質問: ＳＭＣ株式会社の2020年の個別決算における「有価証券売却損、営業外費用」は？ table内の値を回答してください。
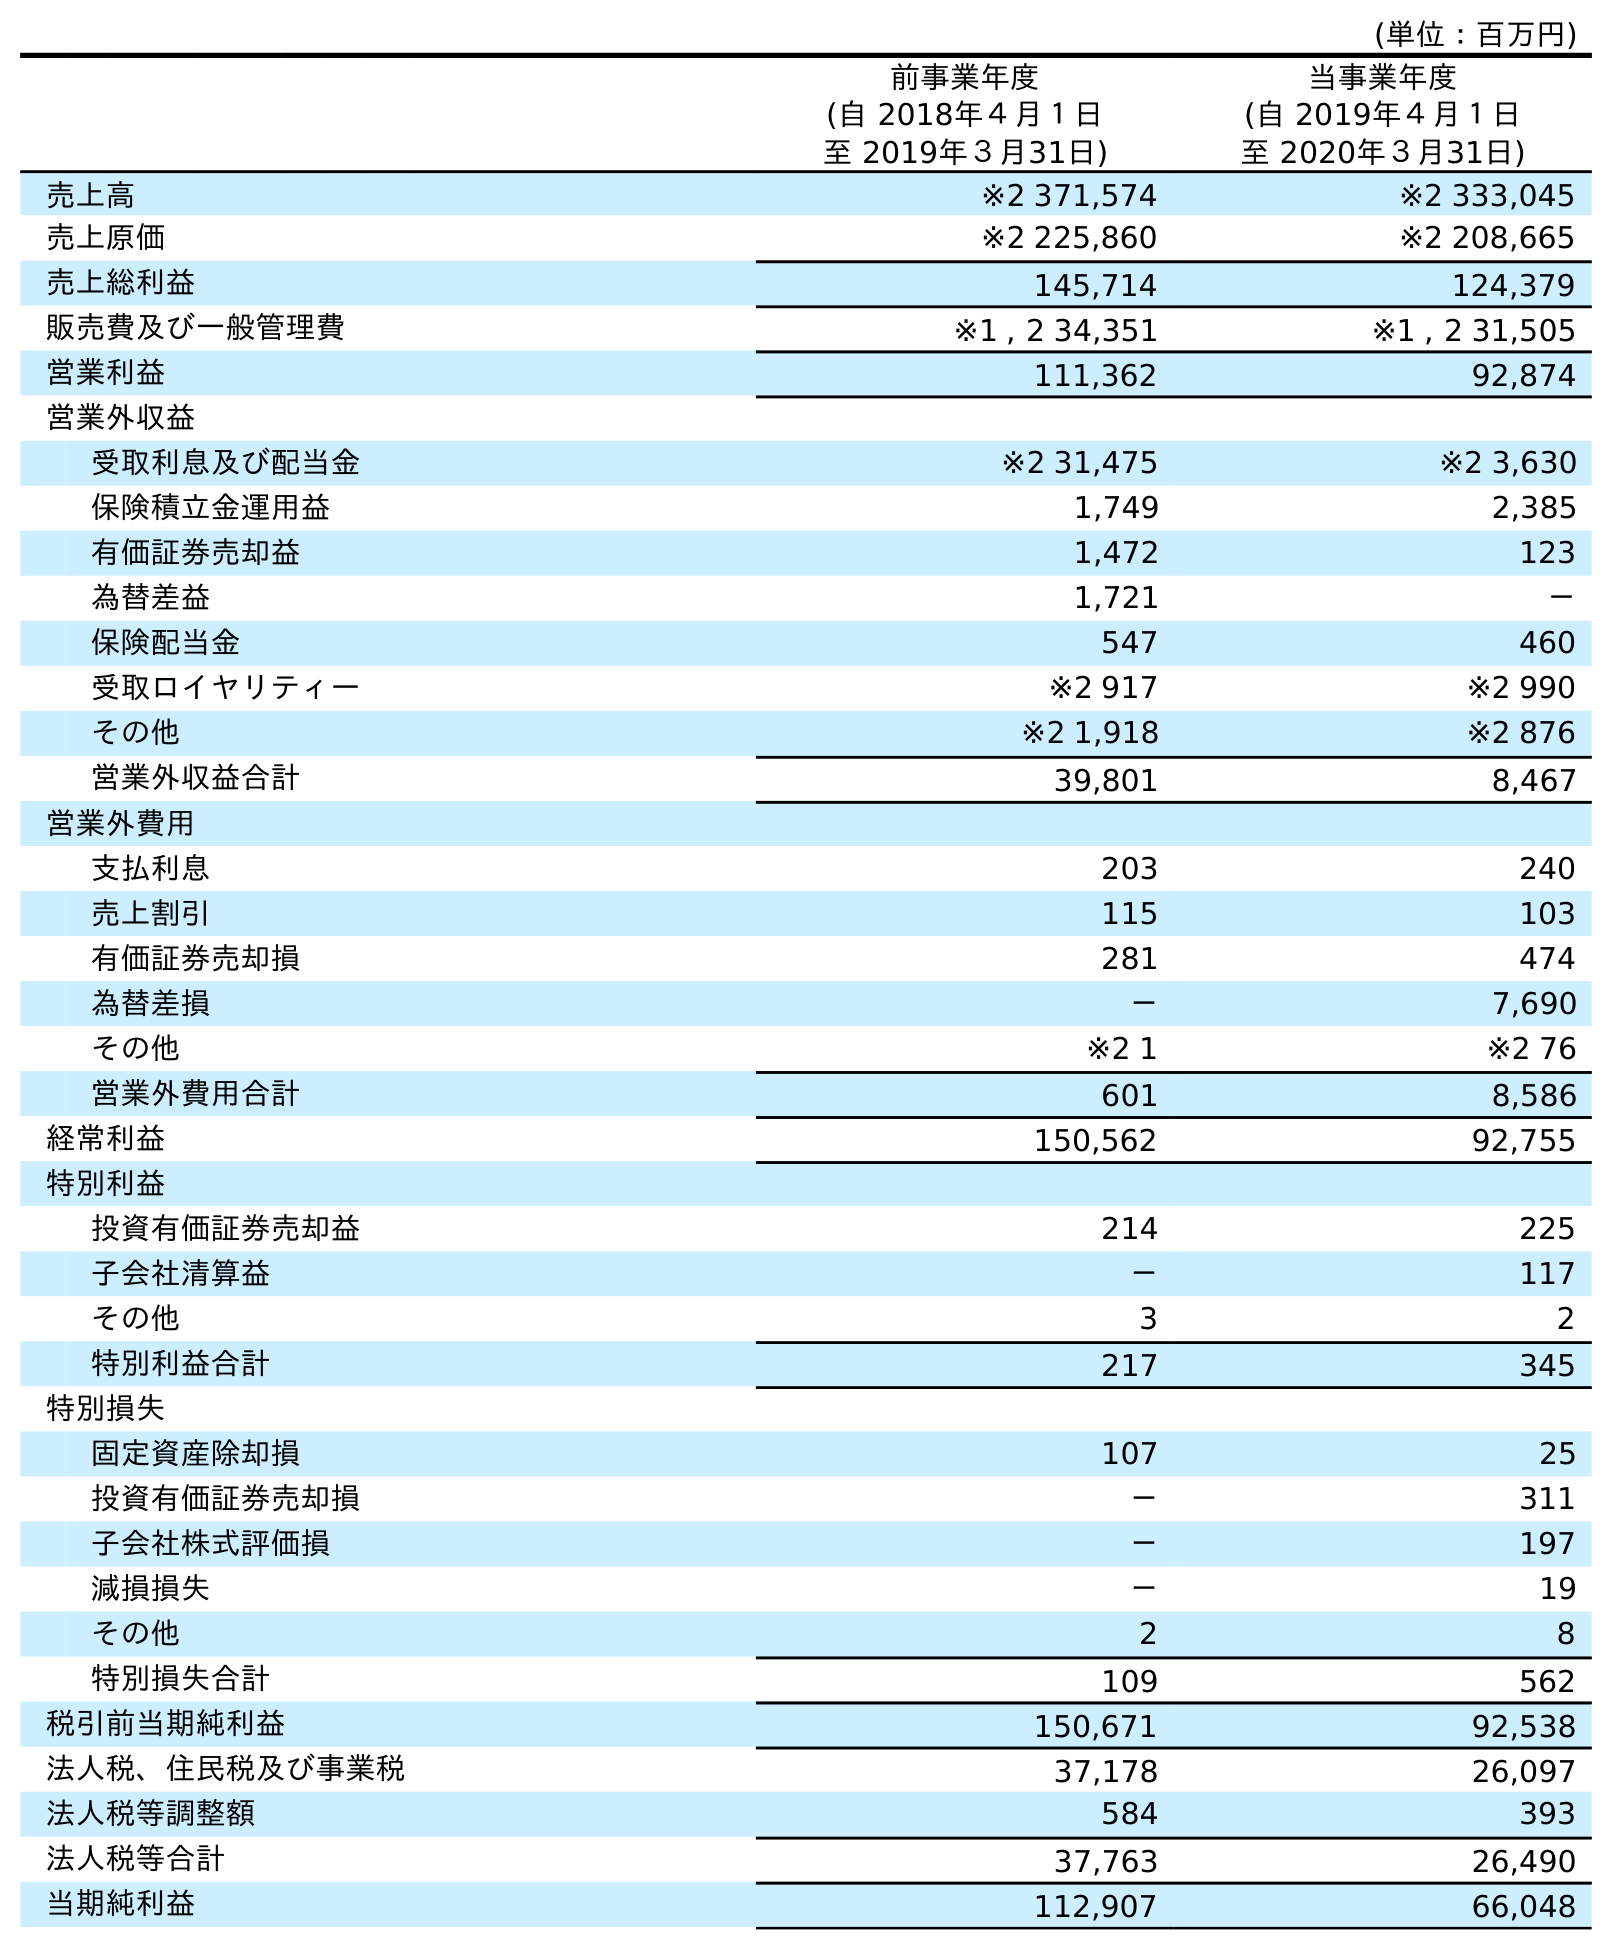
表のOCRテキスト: (単位：百万円) 前事業年度 (自 2018年４月１日 至 2019年３月31日) 当事業年度 (自 2019年４月１日 至 2020年３月31日) 売上高 ※2 371,574 ※2 333,045 売上原価 ※2 225,860 ※2 208,665 売上総利益 145,714 124,379 販売費及び一般管理費 ※1 , 2 34,351 ※1 , 2 31,505 営業利益 111,362 92,874 営業外収益 受取利息及び配当金 ※2 31,475 ※2 3,630 保険積立金運用益 1,749 2,385 有価証券売却益 1,472 123 為替差益 1,721 － 保険配当金 547 460 受取ロイヤリティー ※2 917 ※2 990 その他 ※2 1,918 ※2 876 営業外収益合計 39,801 8,467 営業外費用 支払利息 203 240 売上割引 115 103 有価証券売却損 281 474 為替差損 － 7,690 その他 ※2 1 ※2 76 営業外費用合計 601 8,586 経常利益 150,562 92,755 特別利益 投資有価証券売却益 214 225 子会社清算益 － 117 その他 3 2 特別利益合計 217 345 特別損失 固定資産除却損 107 25 投資有価証券売却損 － 311 子会社株式評価損 － 197 減損損失 － 19 その他 2 8 特別損失合計 109 562 税引前当期純利益 150,671 92,538 法人税、住民税及び事業税 37,178 26,097 法人税等調整額 584 393 法人税等合計 37,763 26,490 当期純利益 112,907 66,048
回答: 474